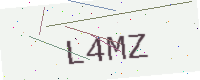
Text: L4MZ